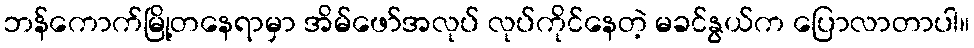
ဘန်ကောက်မြို့တနေရာမှာ အိမ်ဖော်အလုပ် လုပ်ကိုင်နေတဲ့ မခင်နွယ်က ပြောလာတာပါ။